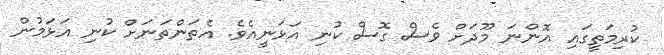
ކުރިމަތީގައި އޮންނަ މޫދަށް ވެސް ގޮސް ކުނި އަޅަނީއެވެ. އެތަންތަނަށް ކުނި އަޅަމުން